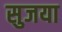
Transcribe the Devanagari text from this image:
सुजया